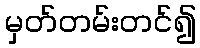
မှတ်တမ်းတင်၍